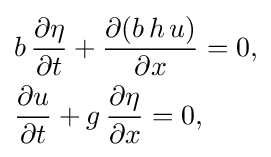
{\begin{aligned}&b\,{\frac {\partial \eta }{\partial t}}+{\frac {\partial (b\,h\,u)}{\partial x}}=0,\\&{\frac {\partial u}{\partial t}}+g\,{\frac {\partial \eta }{\partial x}}=0,\end{aligned}}